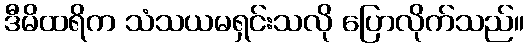
ဒီမိထရိက သံသယမရှင်းသလို ပြောလိုက်သည်။